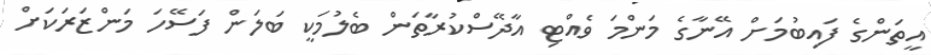
އީތަންގެ ފައިބުމަށް އޭނާގެ މަންމަ ވެއްޓި އާދޭސްކުރާތަން ބެލުމަކީ ބަލަން ފަސޭހަ މަންޒަރަކަށް